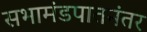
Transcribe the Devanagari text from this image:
सभामंडपातनंतर